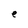
Character: e